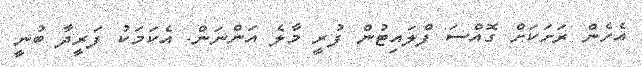
އެހެން ރަށަކަށް ގޮއްސަ ފްލައިޓުން ފުރީ މާލެ އަންނަން. އެކަމަކު ފަރީދާ ބުނީ